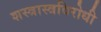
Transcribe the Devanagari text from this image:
शस्त्रास्त्रविरोधी